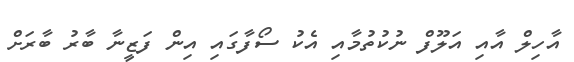
އާހިލް އާއި އަލޫފް ނުކުތުމާއި އެކު ސޯފާގައި އިން ފަޒީނާ ބާރު ބާރަށް